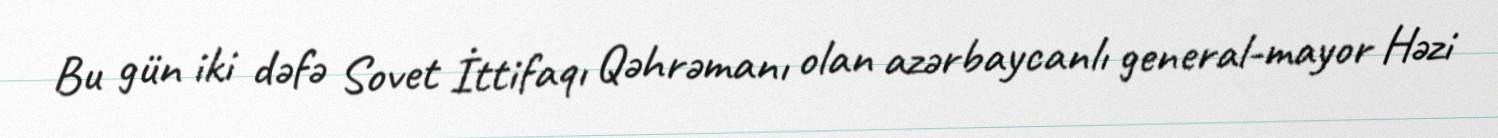
Bu gün iki dəfə Sovet İttifaqı Qəhrəmanı olan azərbaycanlı general-mayor Həzi